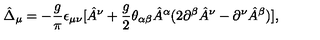
\hat { \Delta } _ { \mu } = - { \frac { g } { \pi } } \epsilon _ { \mu \nu } [ \hat { A } ^ { \nu } + { \frac { g } { 2 } } \theta _ { \alpha \beta } \hat { A } ^ { \alpha } ( 2 \partial ^ { \beta } \hat { A } ^ { \nu } - \partial ^ { \nu } \hat { A } ^ { \beta } ) ] ,